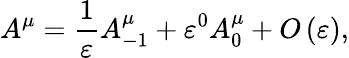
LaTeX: A^{\mu}=\frac{1}{\varepsilon}A_{-1}^{\mu}+\varepsilon^{0}A_{0}^{\mu}+O\left(\varepsilon\right),